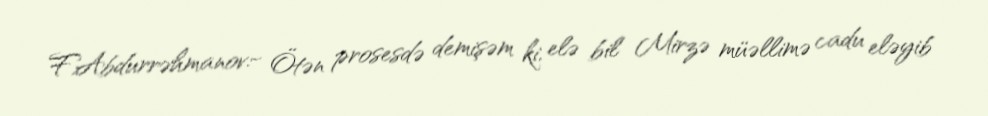
F.Abdurrəhmanov:- Ötən prosesdə demişəm ki, elə bil Mirzə müəllimə cadu eləyib